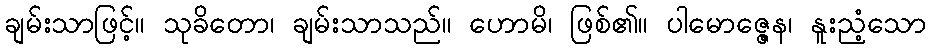
ချမ်းသာဖြင့်။ သုခိတော၊ ချမ်းသာသည်။ ဟောမိ၊ ဖြစ်၏။ ပါမောဇ္ဇေန၊ နူးညံ့သော